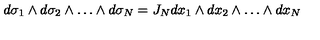
d \sigma _ { 1 } \wedge d \sigma _ { 2 } \wedge \ldots \wedge d \sigma _ { N } = J _ { N } d x _ { 1 } \wedge d x _ { 2 } \wedge \ldots \wedge d x _ { N }